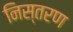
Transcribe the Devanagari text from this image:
निस्तरण